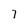
Character: 7